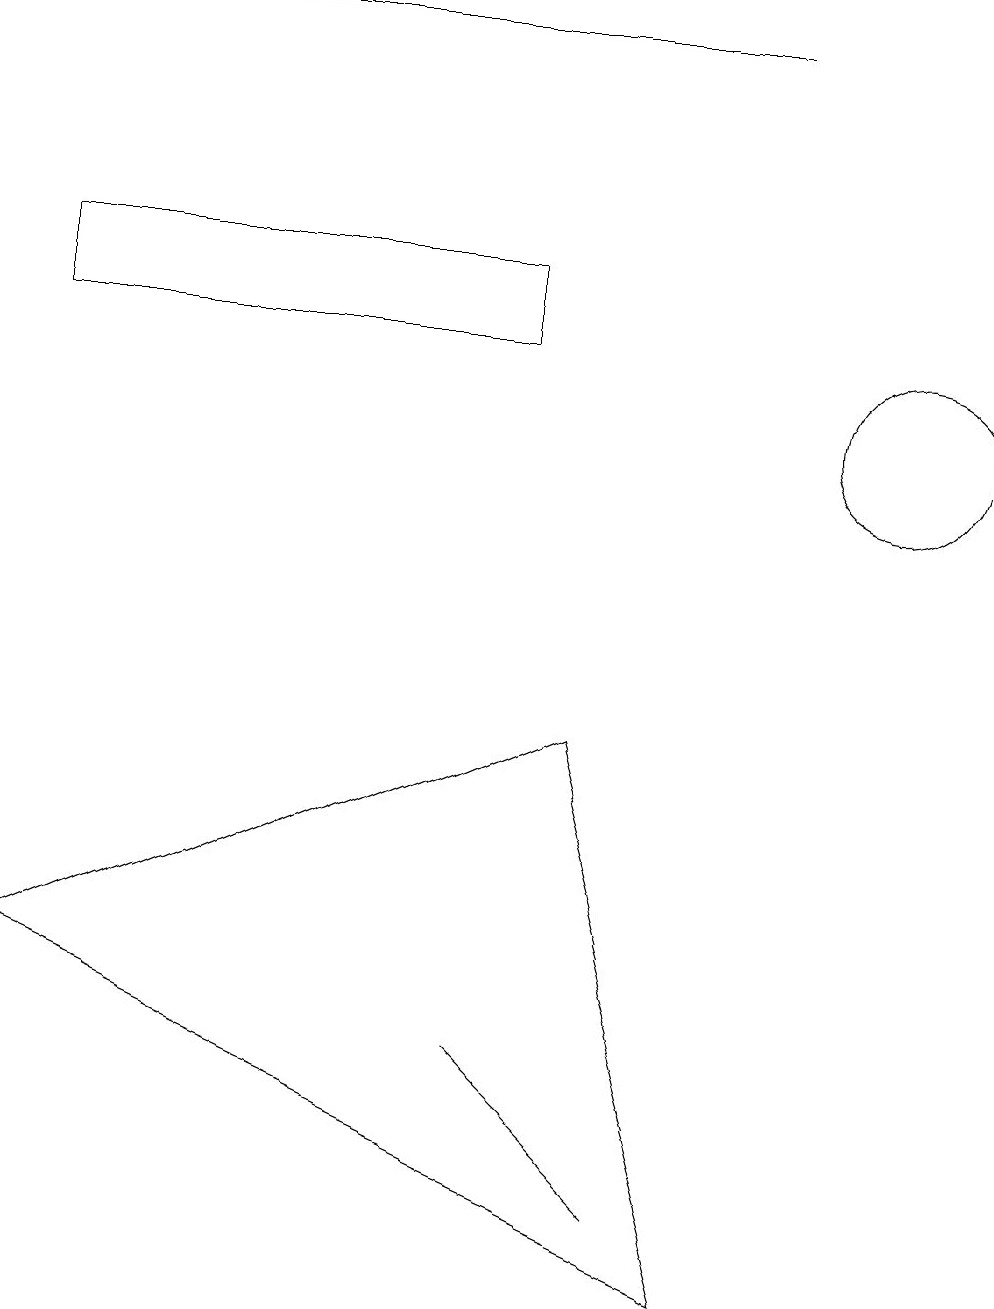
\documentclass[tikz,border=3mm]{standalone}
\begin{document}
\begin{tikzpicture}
\draw (9,0) -- (7,7) -- (0,4) -- cycle;
\draw (11,11) circle (1);
\draw (2,16) rectangle (9,16);
\draw (8,1) -- (6,3) -- (6,3) -- cycle;
\draw (6,13) rectangle (0,12);
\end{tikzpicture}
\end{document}